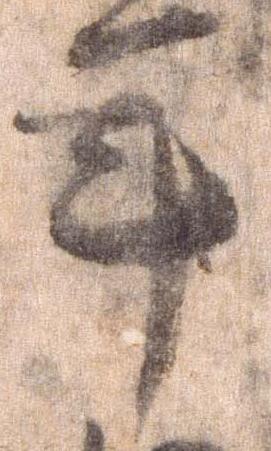
年